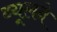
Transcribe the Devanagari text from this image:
ब्यूलने